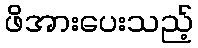
ဖိအားပေးသည့်